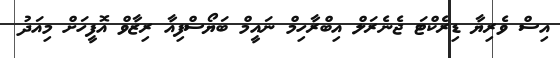
އިސް ވެރިޔާ ޑިރެކްޓަ ޖެނެރަލް އިބްރާހިމް ނައީމް ބަޔޯސްފިއާ ރިޒާވް އޮފީހަށް މިއަދު